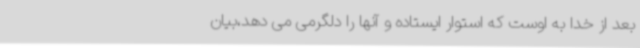
بعد از خدا به اوست که استوار ایستاده و آنها را دلگرمی می دهد،بیان